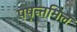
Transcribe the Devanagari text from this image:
पष़न्तमिल